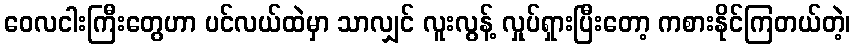
ဝေလငါးကြီးတွေဟာ ပင်လယ်ထဲမှာ သာလျှင် လူးလွန့် လှုပ်ရှားပြီးတော့ ကစားနိုင်ကြတယ်တဲ့၊